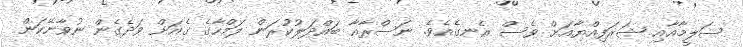
ސަލީމާއާއި ޝަރަފިއްޔާއަށް ވެސް އެނގެއެވެ. ނަސްރާއާ ބައްދަލުކުރަން ލަމްހާގެ ގެއަށް ވަދެގެން ނުވާނޭކަން